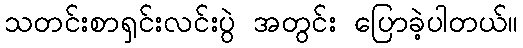
သတင်းစာရှင်းလင်းပွဲ အတွင်း ပြောခဲ့ပါတယ်။